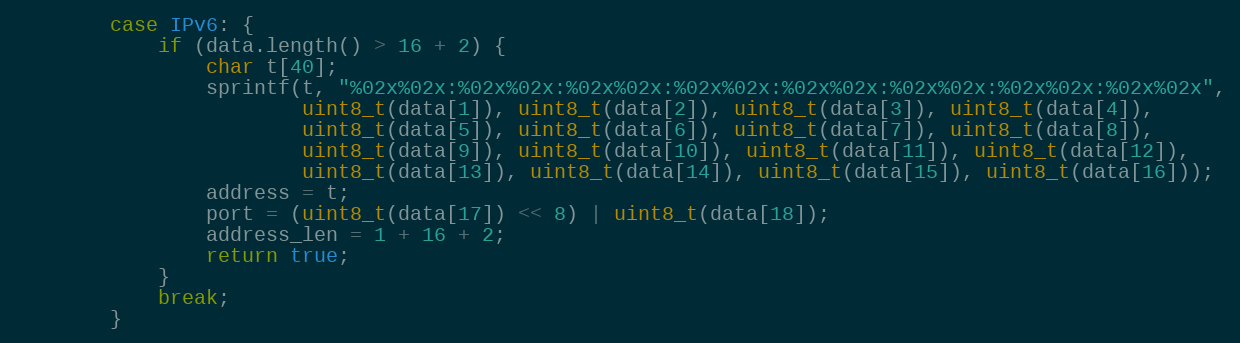
Language: C++
        case IPv6: {
            if (data.length() > 16 + 2) {
                char t[40];
                sprintf(t, "%02x%02x:%02x%02x:%02x%02x:%02x%02x:%02x%02x:%02x%02x:%02x%02x:%02x%02x",
                        uint8_t(data[1]), uint8_t(data[2]), uint8_t(data[3]), uint8_t(data[4]),
                        uint8_t(data[5]), uint8_t(data[6]), uint8_t(data[7]), uint8_t(data[8]),
                        uint8_t(data[9]), uint8_t(data[10]), uint8_t(data[11]), uint8_t(data[12]),
                        uint8_t(data[13]), uint8_t(data[14]), uint8_t(data[15]), uint8_t(data[16]));
                address = t;
                port = (uint8_t(data[17]) << 8) | uint8_t(data[18]);
                address_len = 1 + 16 + 2;
                return true;
            }
            break;
        }